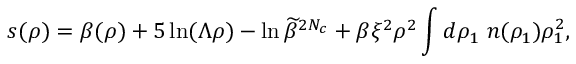
s ( \rho ) = \beta ( \rho ) + 5 \ln ( \Lambda \rho ) - \ln \widetilde \beta ^ { 2 N _ { c } } + \beta \xi ^ { 2 } \rho ^ { 2 } \int d \rho _ { 1 } ~ n ( \rho _ { 1 } ) \rho _ { 1 } ^ { 2 } ,